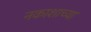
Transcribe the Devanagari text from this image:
नकाशाच्या